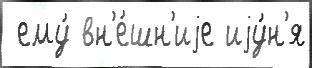
 ему́ вн'е́шн'иjе иjу́н'я